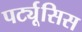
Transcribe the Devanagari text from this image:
पर्ट्यूसिस